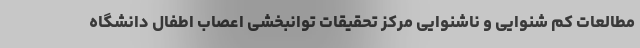
مطالعات کم شنوایی و ناشنوایی مرکز تحقیقات توانبخشی اعصاب اطفال دانشگاه